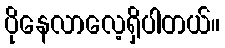
ပိုနေလာလေ့ရှိပါတယ်။